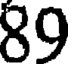
89